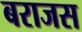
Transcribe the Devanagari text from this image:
बराजस